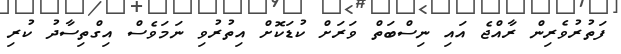
ފަތުރުވެރިން ރާއްޖެ އައި ނިސްބަތް ވަރަށް ކުޑަކޮށް އިތުރުވި ނަމަވެސް އިގްތިސާދު ކުރި